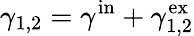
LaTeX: \gamma_{1,2}=\gamma^{\mathrm{in}}+\gamma_{1,2}^{\mathrm{ex}}